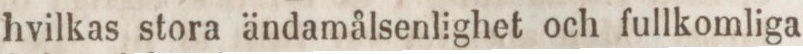
hvilkas stora ändamålsenlighet och fullkomliga